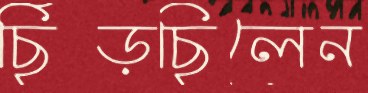
ছিঁড়ছিলেন